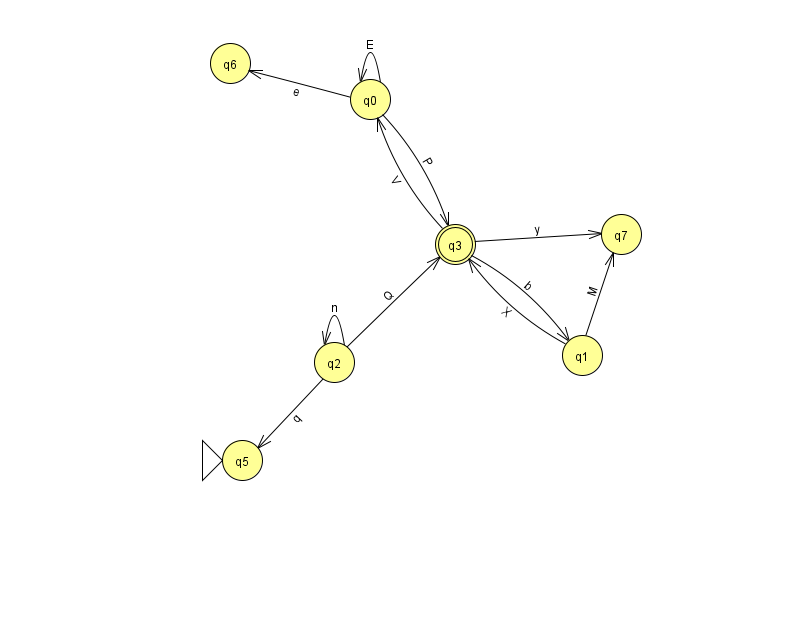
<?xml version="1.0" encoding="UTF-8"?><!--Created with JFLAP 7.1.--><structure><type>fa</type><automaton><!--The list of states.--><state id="0" name="q0"><x>370.0</x><y>86.0</y></state><state id="1" name="q1"><x>582.0</x><y>342.0</y></state><state id="2" name="q2"><x>334.0</x><y>349.0</y></state><state id="3" name="q3"><x>455.0</x><y>231.0</y><final/></state><state id="5" name="q5"><x>242.0</x><y>447.0</y><initial/></state><state id="6" name="q6"><x>230.0</x><y>50.0</y></state><state id="7" name="q7"><x>621.0</x><y>221.0</y></state><!--The list of transitions.--><transition><from>2</from><to>3</to><read>Q</read></transition><transition><from>0</from><to>3</to><read>P</read></transition><transition><from>1</from><to>7</to><read>M</read></transition><transition><from>3</from><to>0</to><read>V</read></transition><transition><from>0</from><to>0</to><read>E</read></transition><transition><from>1</from><to>3</to><read>X</read></transition><transition><from>3</from><to>7</to><read>y</read></transition><transition><from>0</from><to>6</to><read>e</read></transition><transition><from>2</from><to>5</to><read>q</read></transition><transition><from>2</from><to>2</to><read>n</read></transition><transition><from>3</from><to>1</to><read>b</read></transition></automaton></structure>